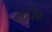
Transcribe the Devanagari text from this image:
वॉटजिक